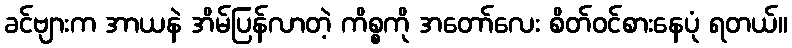
ခင်ဗျားက အာယနဲ အိမ်ပြန်လာတဲ့ ကိစ္စကို အတော်လေး စိတ်ဝင်စားနေပုံ ရတယ်။